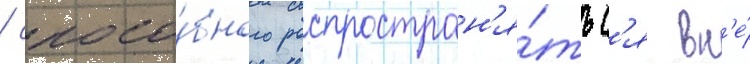
/ спосо́бного распростран'я́тьс'я вн'е́